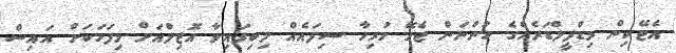
އެޓޭކިން މިޑްފީލްޑަރެއްގެ ހުންނަން ޖެހޭ ހުރިހާ ސިފައެއް ލިބިފައިވާ އޮޒިލްއަށް މިފަހަކަށް އައިސް